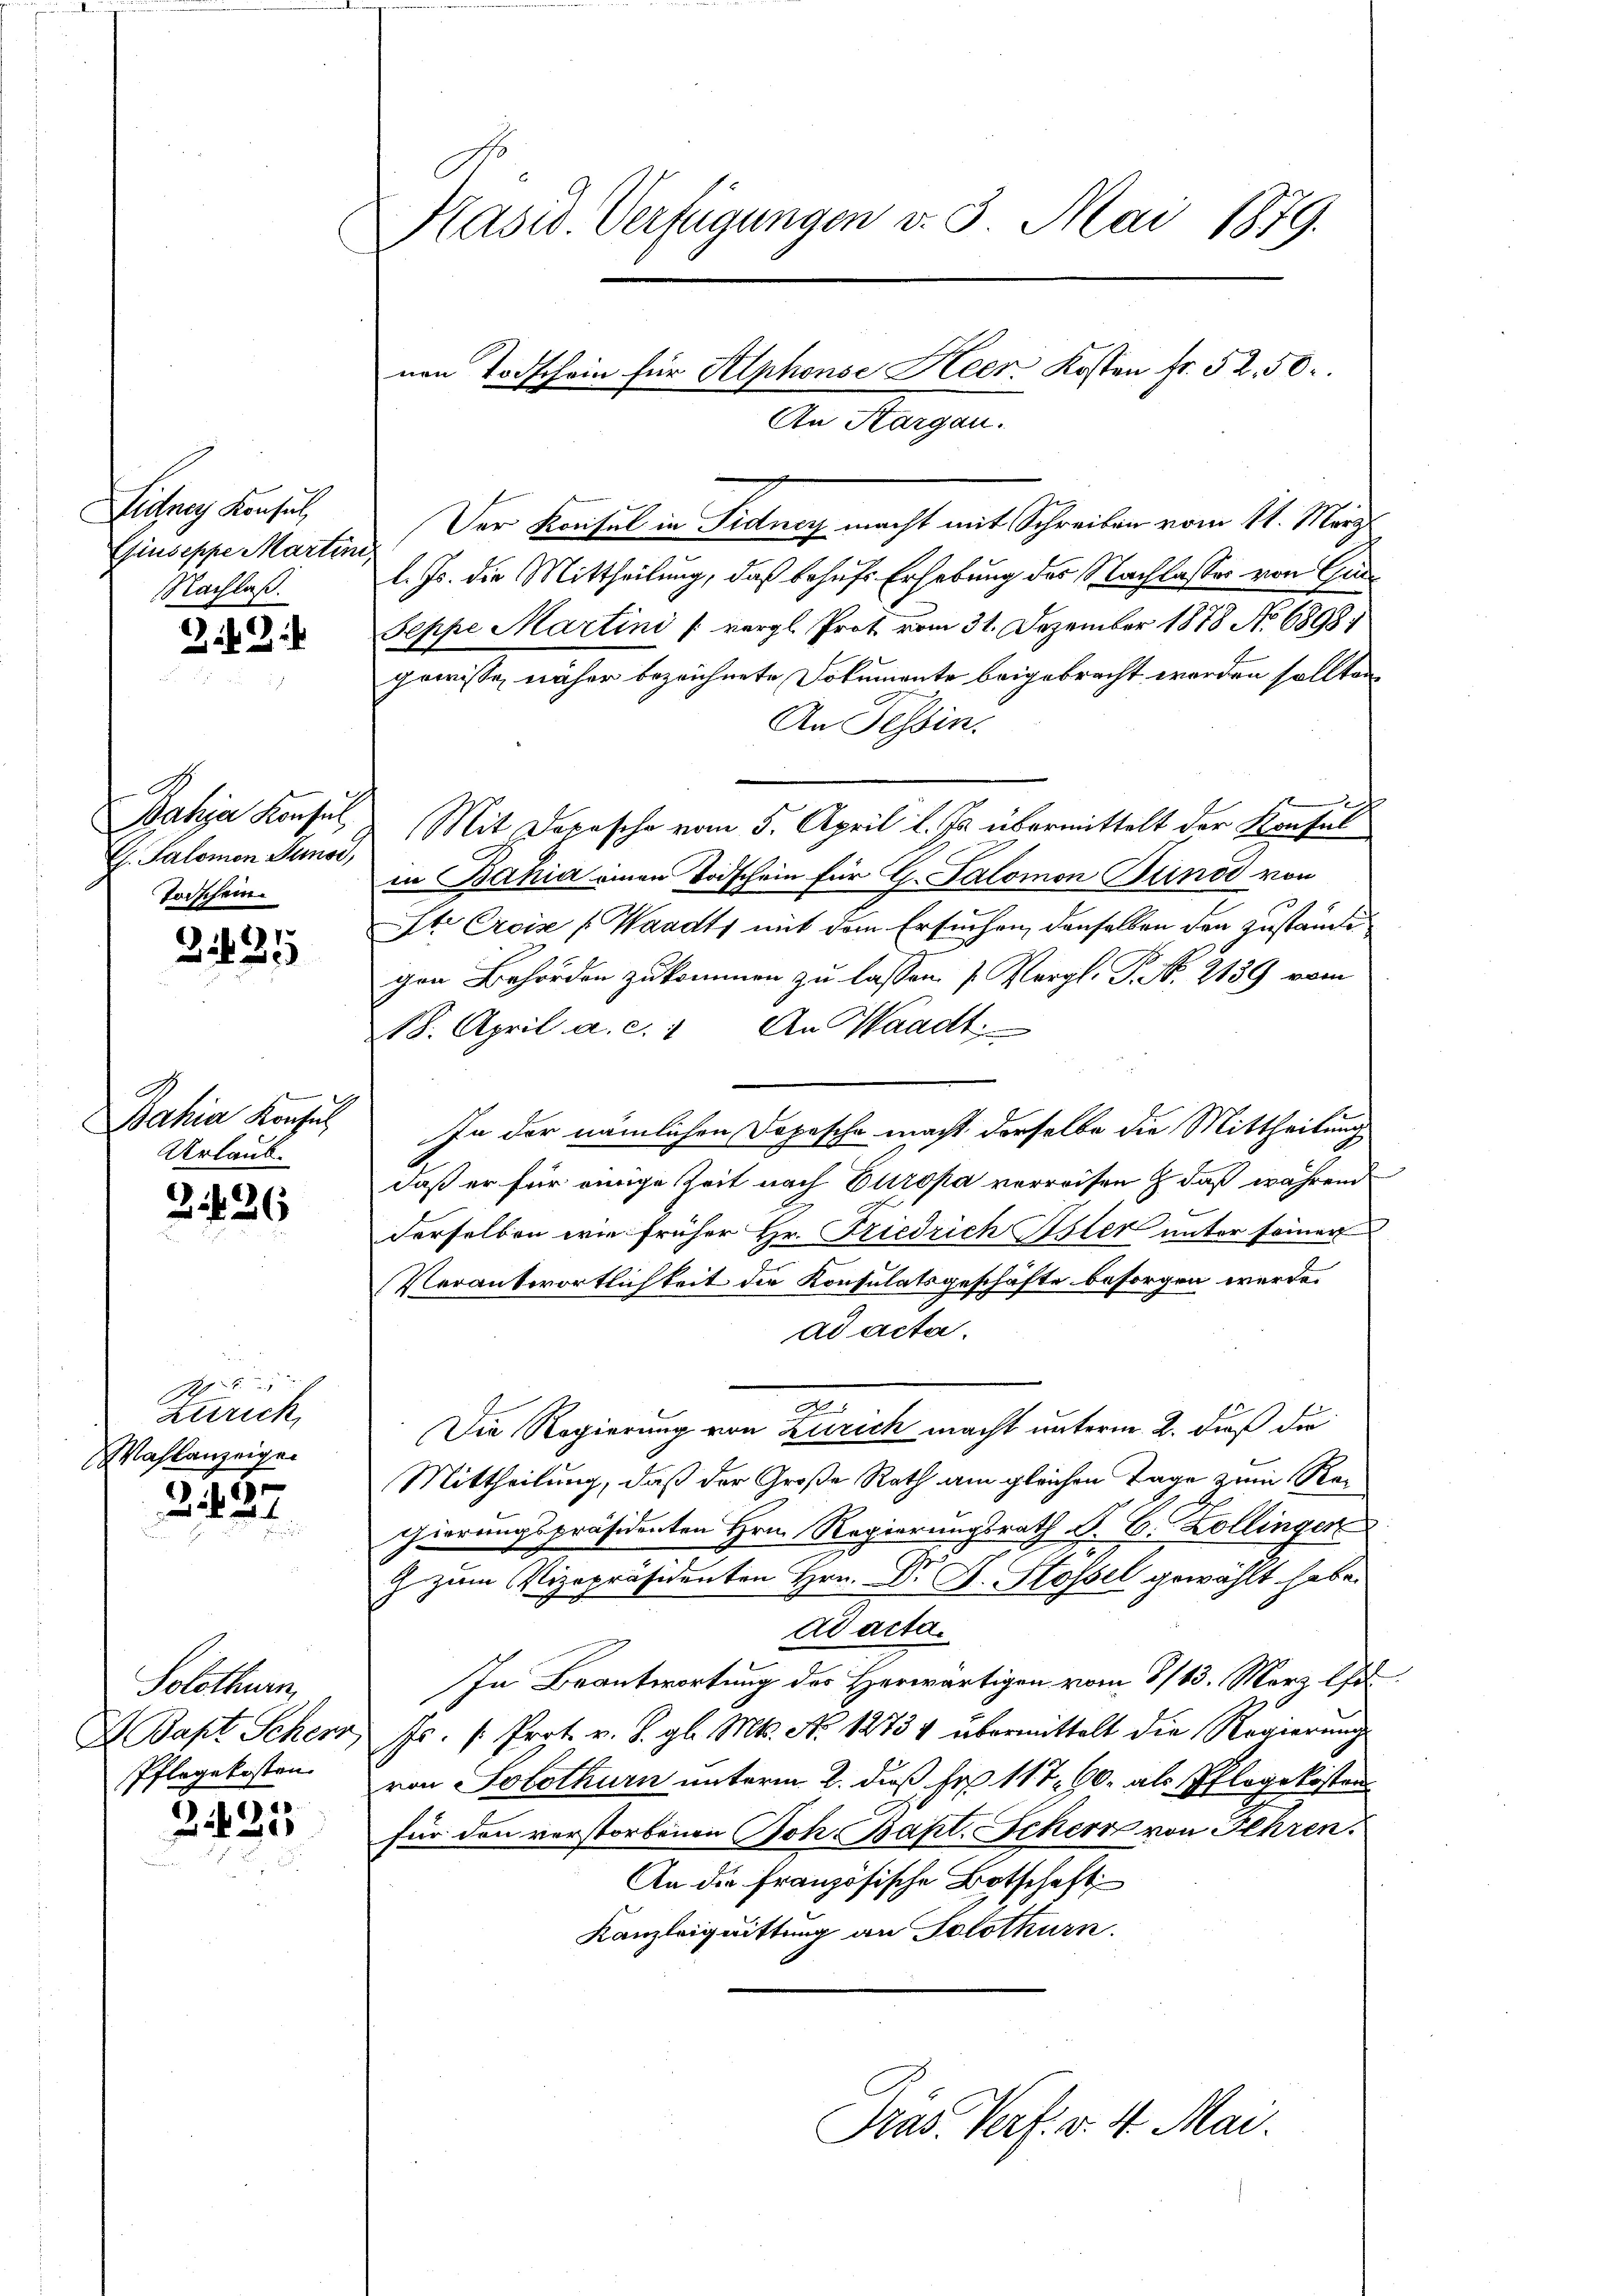
Lidney Konsul
Giuseppe Martini,
Nachlaß.

Bahia Konsul
G. Salomon Juns,
Torschein.

2425

A.
Bahia Konsul
Urlaub.

3 426

S
zerrich,
ahlanzeigen

2427

Solothurn,
Bapt. Scherz
Pflegekosten

5.
2221

Präses Verfügungen v. 3. Mai 1879.

Der Konsul in Fidner macht mit Schreiben vom 11. März
l. Js. die Mittheilung, daß behufs Erhebung des Nachlasses von Gu
Seppe Martini (vergl. Prot vom 31. Dezember 1878 No 6898.
gewisse näher bezeichnete Dokumente beigebracht worden sollten,
An Tessin.
Mit Depesche vom 5. April l. Js. übermittelt der Konsul
in Bahia einen Todschein für G. Salomon Sunod von
Iter Crois Waadt mit dem Ersuchen, denselben den zuständigen Behörden zukommen zu lassen (Vergl. P. N. 2139 vom
18. April a. c. 1 An Waadt
In der nämlichen Dopesche macht derselbe die Mittheilung
.
daß er für einige Zeit nach Europa verreisen & daß während
c
derselben wie früher Hr. Friedrich Oster unter seiner
Verantwortlichkeit die Konsulatsgeschäfte besorgen werde.
ad acta.
2
d
Die Regierung von Zürich macht unterm 2. dieß die
Mittheilung, daß der Große Rath am gleichen Tage zum Regierungspräsidenten Hrn. Regierungsrath J. C. Zollinger
G zum Vizepräsidenten Hrn. Dr J. Stossel gewählt habe.
Adacta
In Beantwortung des Herwärtigen vom 8/13. März l.
fs. " Prot. v. J. gl. Mts. No 12734 übermittelt die Regierung
von Solothurn unterm 2. daß Fr. 117. 90. als Pflegekosten
für den verstorbenen Joh. Bapt. Schern von Ihren.
An die französische Botschaft
Kanzleiquittung an Solothurn.

nen Todschein für Alphonse Heer. Kosten fr. 52. 50
An Morgen.

Pras. Verf. v. 4. Mai.